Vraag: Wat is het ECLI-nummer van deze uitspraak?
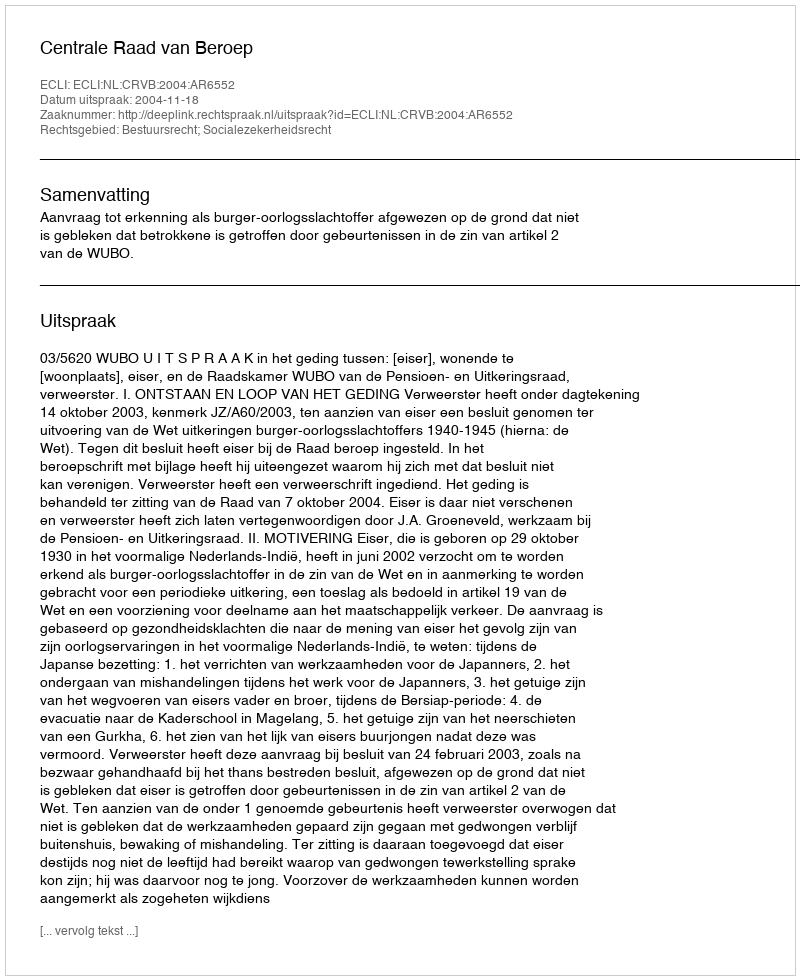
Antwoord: ECLI:NL:CRVB:2004:AR6552